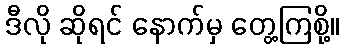
ဒီလို ဆိုရင် နောက်မှ တွေ့ကြစို့။